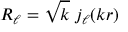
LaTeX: R _ { \ell } = \sqrt k \; j _ { \ell } ( k r )